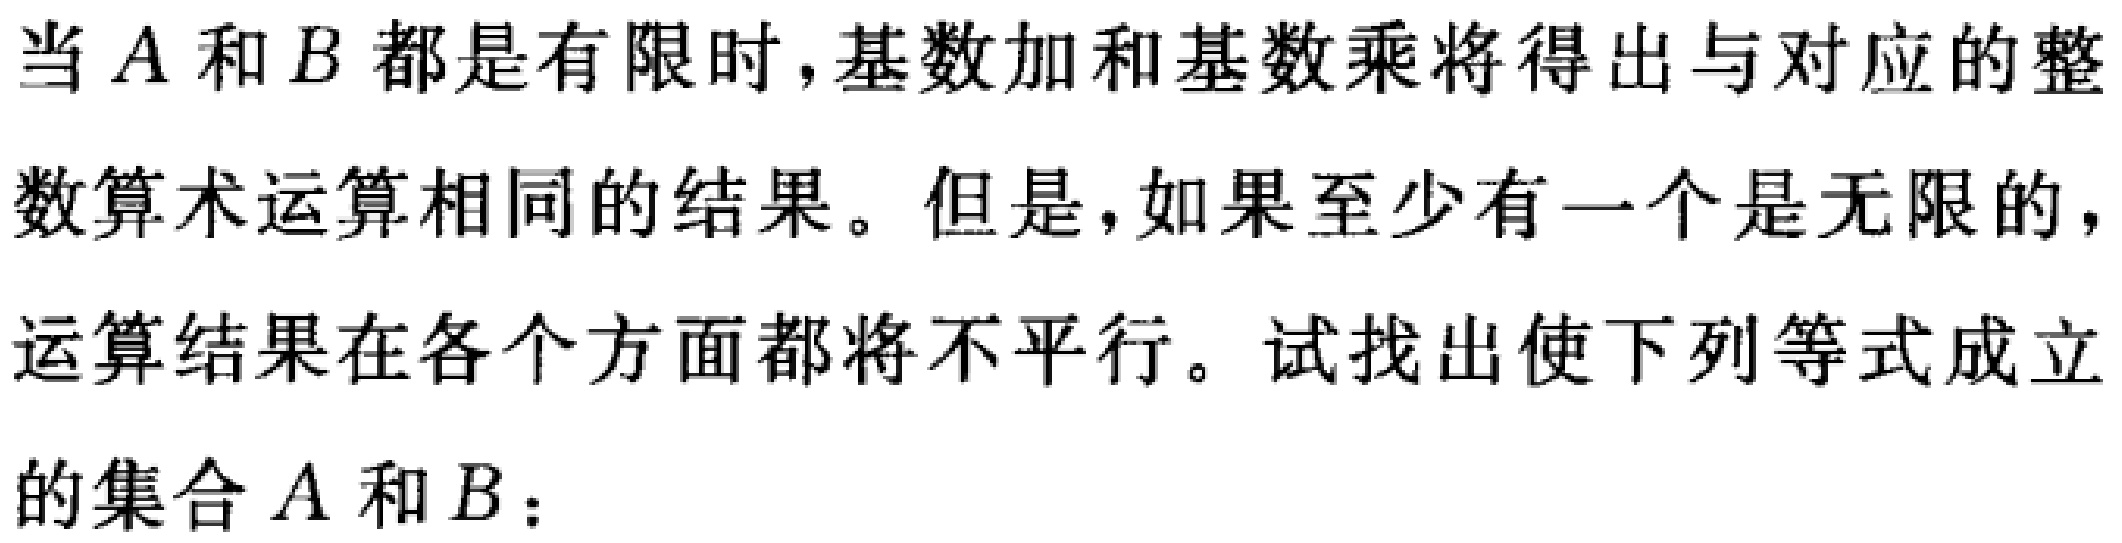
当 \(A\) 和 \(B\) 都是有限时,基数加和基数乘将得出与对应的整数算术运算相同的结果。但是,如果至少有一个是无限的,运算结果在各个方面都将不平行。试找出使下列等式成立的集合 \(A\) 和 \(B\)：